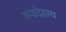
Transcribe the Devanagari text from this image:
वज्रदेहाय